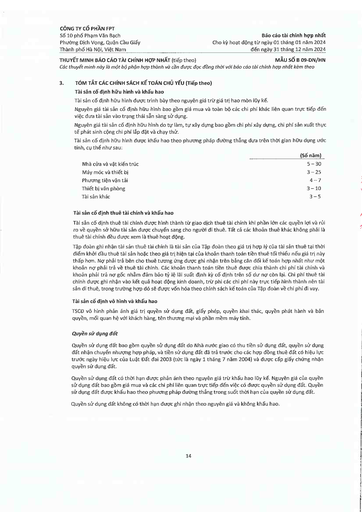
||(Số năm)| |---|---| |Nhà cửa và vật kiến trúc|5-30| |Máy móc và thiết bị|3-25| |Phương tiện vận tải|4-7| |Thiết bị văn phòng|3-10| |Tài sản khác|3-5|